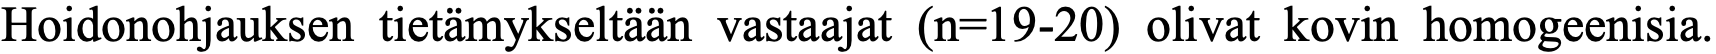
Hoidonohjauksen tietämykseltään vastaajat (n=19-20) olivat kovin homogeenisia.